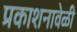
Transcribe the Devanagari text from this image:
प्रकाशनावेळी